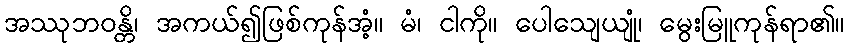
အဿုဘဝန္တိ၊ အကယ်၍ဖြစ်ကုန်အံ့။ မံ၊ ငါကို။ ပေါသျေယျုံ၊ မွေးမြူကုန်ရာ၏။